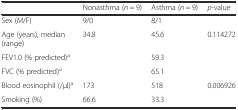
<table><thead><tr><td></td><td><b>Nonasthma (<i>n</i> = 9)</b></td><td><b>Asthma (<i>n</i> = 9)</b></td><td><b><i>p</i>-value</b></td></tr></thead><tbody><tr><td>Sex (M/F)</td><td>9/0</td><td>8/1</td><td></td></tr><tr><td>Age (years), median (range)</td><td>34.8</td><td>45.6</td><td>0.114272</td></tr><tr><td>FEV1.0 (% predicted)<sup>a</sup></td><td></td><td>59.3</td><td></td></tr><tr><td>FVC (% predicted)<sup>a</sup></td><td></td><td>65.1</td><td></td></tr><tr><td>Blood eosinophil (/μl)<sup>a</sup></td><td>173</td><td>518</td><td>0.006926</td></tr><tr><td>Smoking (%)</td><td>66.6</td><td>33.3</td><td></td></tr></tbody></table>